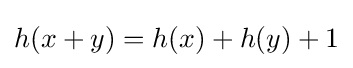
h(x+y)=h(x)+h(y)+1